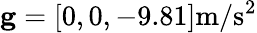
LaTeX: \mathbf{g}=[0,0,-9.81]\mathrm{m/s^{2}}